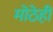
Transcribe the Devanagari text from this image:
मोठेही